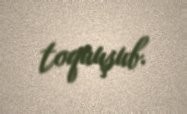
toquuşub.